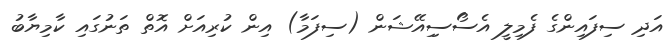
އަދި ސިފައިންގެ ފެމިލީ އެސޯސިިއޭޝަން (ސިފަމާ) އިން ކުރިއަށް އޮތް ތަނުގައި ކާމިޔާބު